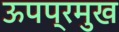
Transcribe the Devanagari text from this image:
ऊपप्रमुख